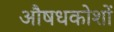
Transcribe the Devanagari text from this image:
औषधकोशों